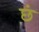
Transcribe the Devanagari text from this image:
छं